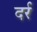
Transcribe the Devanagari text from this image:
दर्र